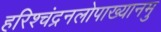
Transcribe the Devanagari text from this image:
हरिश्चंद्रनलोपाख्यानमु